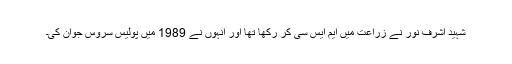
شہید اشرف نور نے زراعت میں ایم ایس سی کر رکھا تھا اور انہوں نے 1989 میں پولیس سروس جوان کی۔